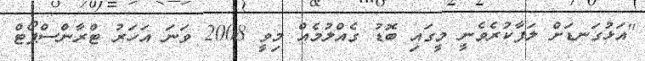
"އަޅުގަނޑަށް ލަފާކުރެވެނީ މީގައި ބޮޑު ގެއްލުމެއް މިވީ 2008 ވަނަ އަހަރު ޓްރާންސްޕޯޓް